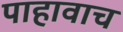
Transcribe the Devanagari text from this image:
पाहावाच